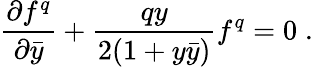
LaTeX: {\frac{\partial f^{q}}{\partial\bar{y}}}+{\frac{qy}{2(1+y\bar{y})}}f^{q}=0\; .